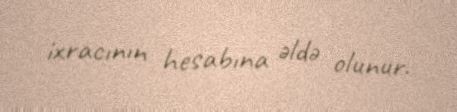
ixracının hesabına əldə olunur.